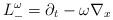
LaTeX: \begin{align*}L^\omega_- = \partial_t- \omega \nabla_x\end{align*}